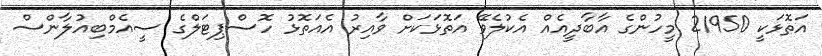
އަތޮޅަކީ 21950 މީހުންގެ އާބާދީއެއް އެކުލެވޭ އަތޮޅަކަށް ވާއިރު އެއަތޮޅު ހޮސްޕިޓަލްގެ ސީއެމްބިއުލާންސް